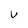
Character: U